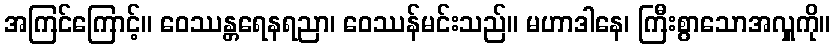
အကြင်ကြောင့်။ ဝေဿန္တရေနရညာ၊ ဝေဿန်မင်းသည်။ မဟာဒါနေ၊ ကြီးစွာသောအလှူကို။